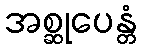
အစ္ဆုပေန္တံ